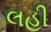
લહી